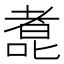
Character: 㗯